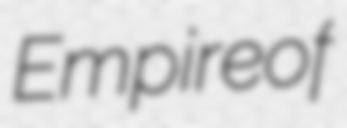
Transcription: Empire of